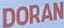
DORAN